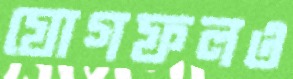
যোগফলও